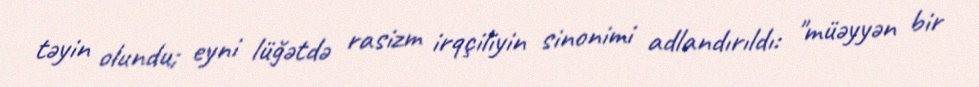
təyin olundu; eyni lüğətdə rasizm irqçiliyin sinonimi adlandırıldı: "müəyyən bir